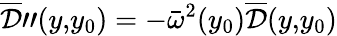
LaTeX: \overline{{\cal D}}"(y,\! y_{0})=-{\bar{\omega}}^{2}(y_{0})\overline{{\cal D}}(y,\! y_{0})